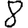
Digit: 8